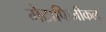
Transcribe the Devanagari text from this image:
मेटाफिजीकल